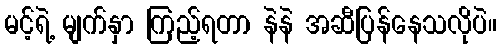
မင့်ရဲ့ မျက်နှာ ကြည့်ရတာ နဲနဲ အဆီပြန်နေသလိုပဲ။